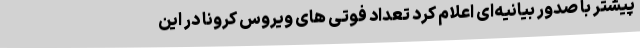
پیشتر با صدور بیانیه‌ای اعلام کرد تعداد فوتی های ویروس کرونا در این